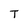
Character: T